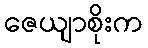
ဇေယျာစိုးက